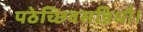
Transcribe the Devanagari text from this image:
पठेच्छिवसन्निधौ।